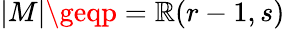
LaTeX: |M|\geqp=\mathbb{R}(r-1,s)